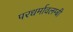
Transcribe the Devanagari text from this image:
परधर्मावलम्बी